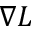
\nabla L